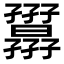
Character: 𡦷